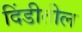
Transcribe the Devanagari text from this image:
दिंडीतील